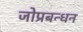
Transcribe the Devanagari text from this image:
जोप्रबन्धन